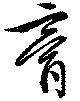
膏